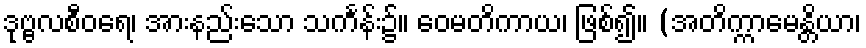
ဒုဗ္ဗလစီဝရေ၊ အားနည်းသော သင်္ကန်း၌။ ဝေမတိကာယ၊ ဖြစ်၍။ (အတိက္ကာမေန္တိယာ၊